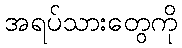
အရပ်သားတွေကို